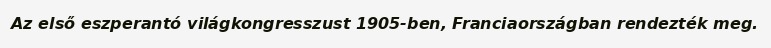
Az első eszperantó világkongresszust 1905-ben, Franciaországban rendezték meg.